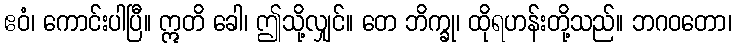
ဧဝံ၊ ကောင်းပါပြီ။ ဣတိ ခေါ၊ ဤသို့လျှင်။ တေ ဘိက္ခု၊ ထိုရဟန်းတို့သည်။ ဘဂဝတော၊